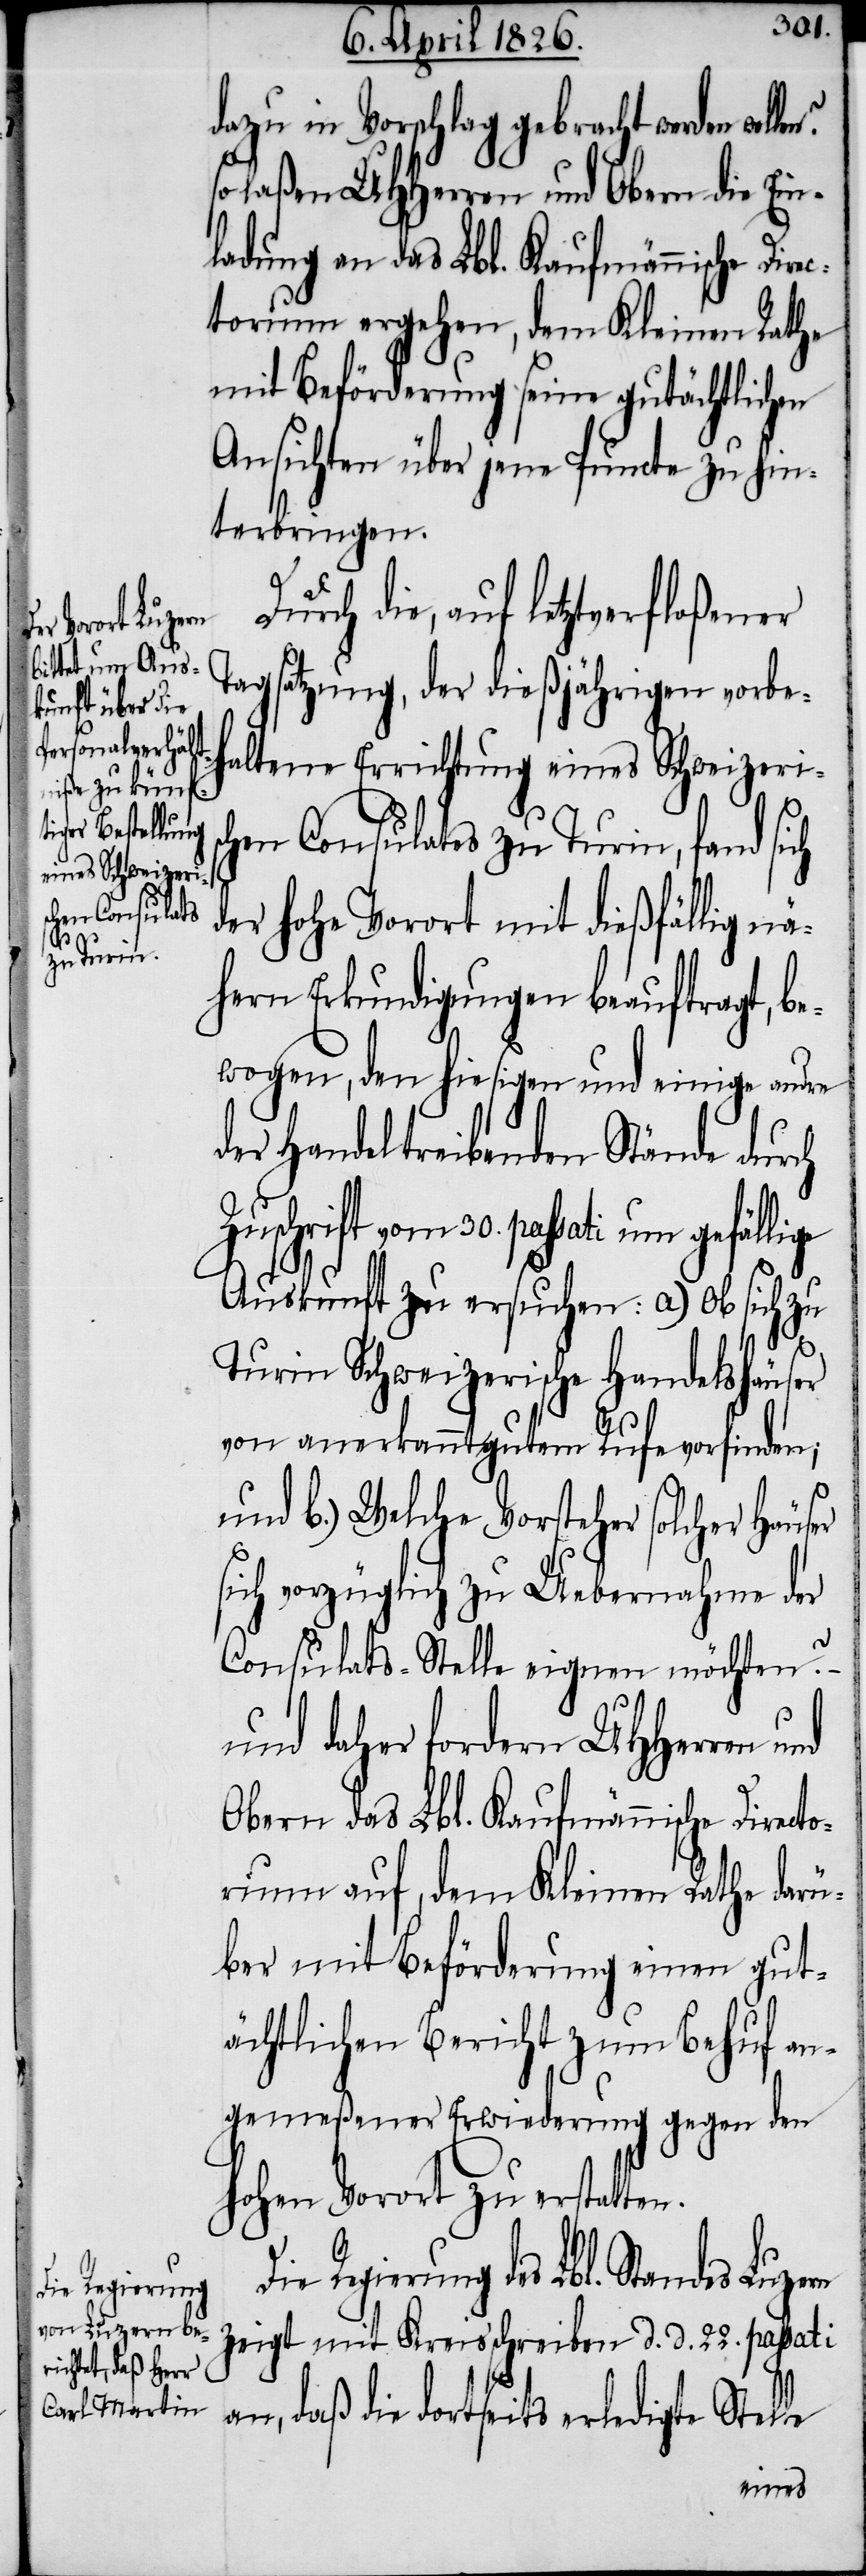
lige
Die Regierung

dazu in Vorschlag gebracht werden
so laßen UHHerren und Obern die Ein¬
ladung an das Lbl. Kaufmännische Dire¬
ctorium ergehen, dem Kleinen Rathe
mit Beförderung seine gutächtlichen
Ansichten über jene Puncte zu hin¬
terbringen.
Durch die, auf letztverfloßener
Tagsatzung, der dießjährigen vorbe¬
haltene Errichtung eines Schweizeris¬
chen Consulates zu Turin, fand sich
der hohe Vorort mit dießfällig nä¬
hern Erkundigungen beauftragt, be¬
wogen, den hiesigen und einige andre
der Handel treibenden Stände durch
Zuschrift vom 30. passati um gefäl¬
Auskunft zu ersuchen: a) Ob sich zu
n.
Turin Schweizerische Handelshäuser
von anerkannt gutem Rufe vorfinden;
und b.) Welche Vorsteher solcher Häuser
sich vorzüglich zu Uebernahme der
rn
Consulats-Stelle eignen möchten?
und daher fordern UHHerren und
Obern das Lbl. Kaufmännische Direct¬
orium auf, dem Kleinen Rathe darü¬
ber mit Beförderung einen gut¬
ächtlichen Bericht zum Behuf an¬
gemeßener Erwiederung gegen den
hohen Vorort zu erstatte¬
des Lbl. Standes Luze¬
zeigt mit Kreisschreiben d. d. 22. passati
an, daß die dortseits erledigte Stelle